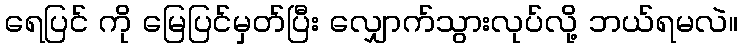
ရေပြင် ကို မြေပြင်မှတ်ပြီး လျှောက်သွားလုပ်လို့ ဘယ်ရမလဲ။